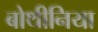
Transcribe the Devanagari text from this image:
बोथीनिया